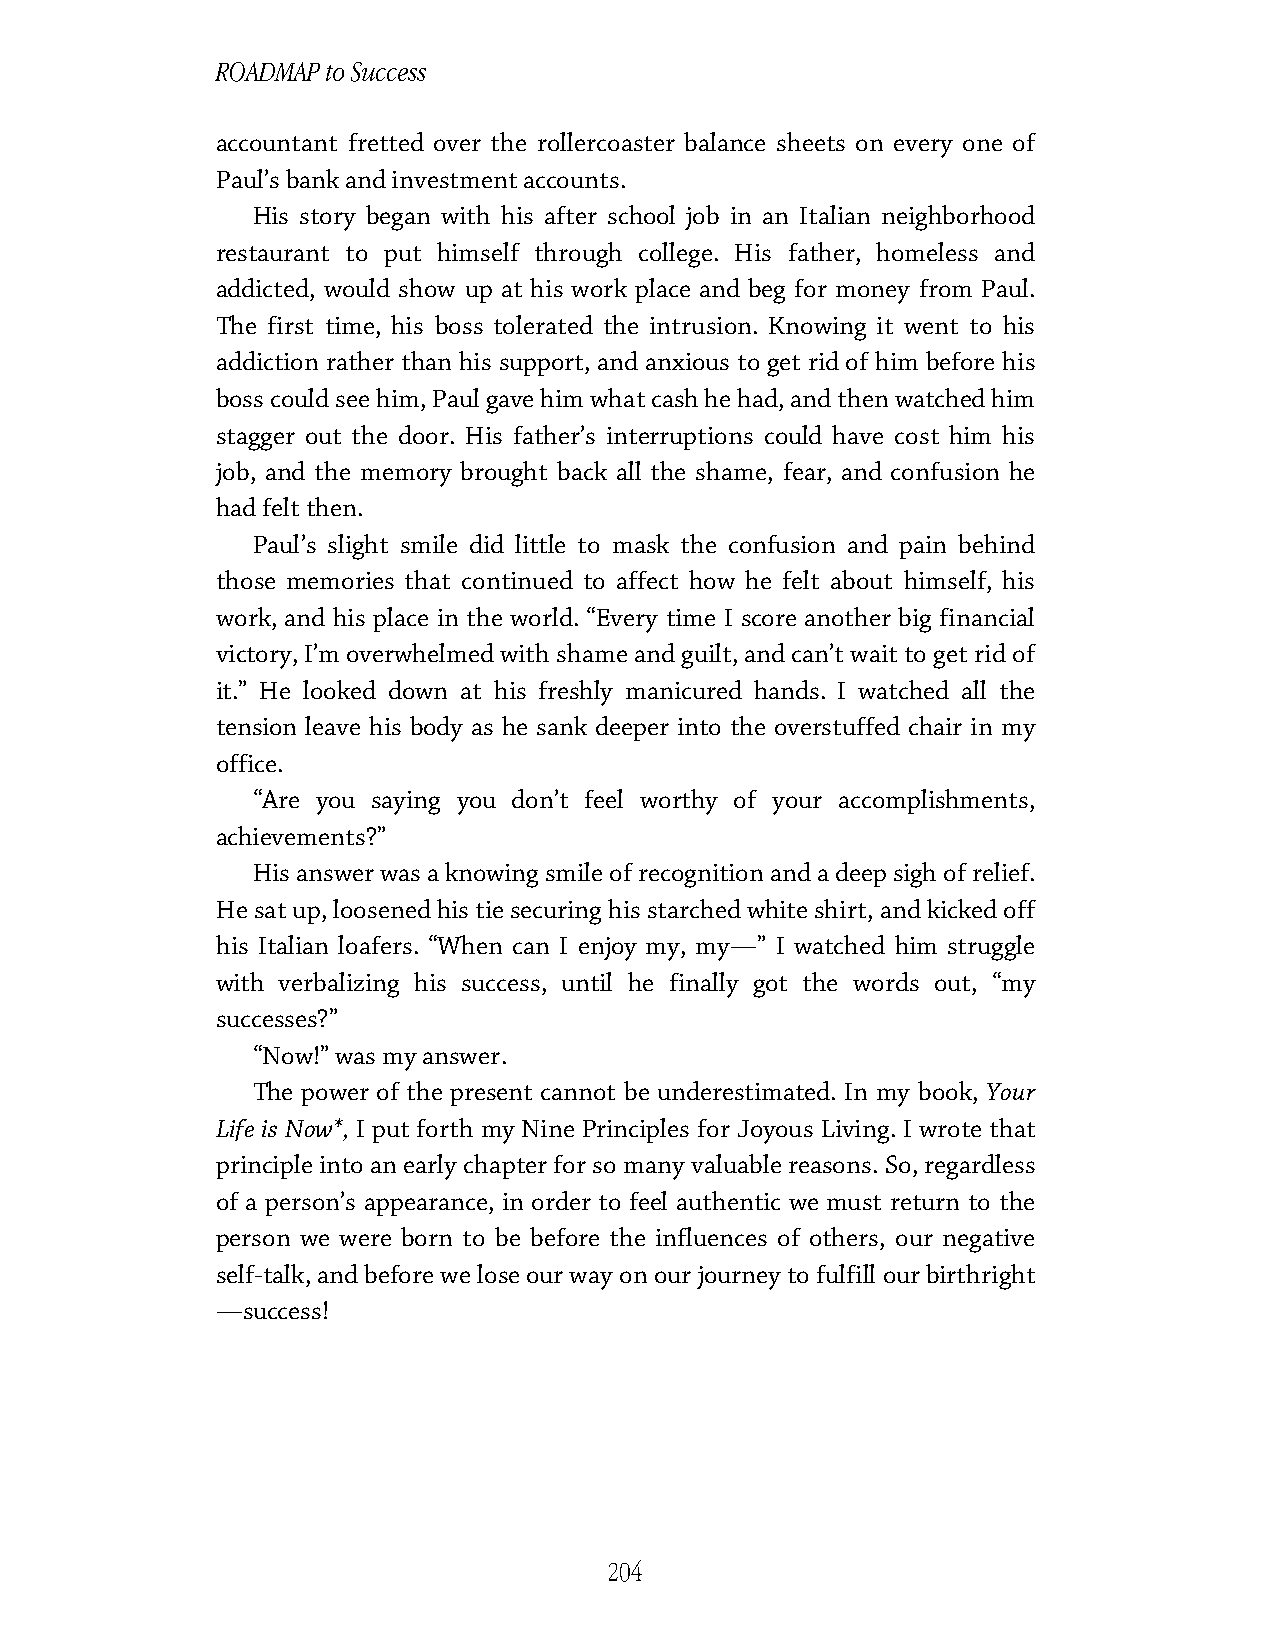
ROADMAP to Success
 accountant fretted over the rollercoaster balance sheets on every one of
 Paul’s bank and investment accounts.
 His story began with his after school job in an Italian neighborhood
 restaurant to put himself through college. His father, homeless and
 addicted, would show up at his work place and beg for money from Paul.
 The first time, his boss tolerated the intrusion. Knowing it went to his
 addiction rather than his support, and anxious to get rid of him before his
 boss could see him, Paul gave him what cash he had, and then watched him
 stagger out the door. His father’s interruptions could have cost him his
 job, and the memory brought back all the shame, fear, and confusion he
 had felt then.
 Paul’s slight smile did little to mask the confusion and pain behind
 those memories that continued to affect how he felt about himself, his
 work, and his place in the world. “Every time I score another big financial
 victory, I’m overwhelmed with shame and guilt, and can’t wait to get rid of
 it.” He looked down at his freshly manicured hands. I watched all the
 tension leave his body as he sank deeper into the overstuffed chair in my
 office.
 “Are you saying you don’t feel worthy of your accomplishments,
 achievements?”
 His answer was a knowing smile of recognition and a deep sigh of relief.
 He sat up, loosened his tie securing his starched white shirt, and kicked off
 his Italian loafers. “When can I enjoy my, my—” I watched him struggle
 with verbalizing his success, until he finally got the words out, “my
 successes?”
 “Now!” was my answer.
 The power of the present cannot be underestimated. In my book, Your
 Life is Now*, I put forth my Nine Principles for Joyous Living. I wrote that
 principle into an early chapter for so many valuable reasons. So, regardless
 of a person’s appearance, in order to feel authentic we must return to the
 person we were born to be before the influences of others, our negative
 self-talk, and before we lose our way on our journey to fulfill our birthright
 —success!
 204